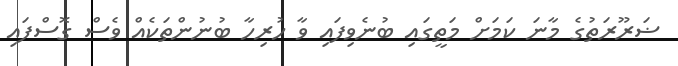
ޟަރޫރަތުގެ މާނަ ކަމަށް މަތީގައި ބުނެވިފައި ވާ ހުރިހާ ބުނުންތަކެއް ވެސް ގޮސްފައި